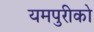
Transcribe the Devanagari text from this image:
यमपुरीको